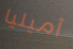
أميليا